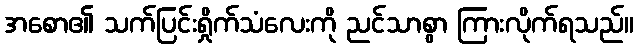
အစော၏ သက်ပြင်းရှိုက်သံလေးကို ညင်သာစွာ ကြားလိုက်ရသည်။